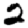
Digit: 2